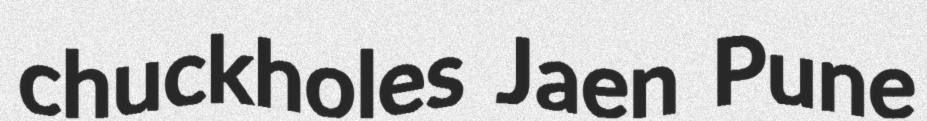
chuckholes Jaen Pune